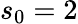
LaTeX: s_{0}=2